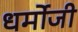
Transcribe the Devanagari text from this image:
धर्मोजी